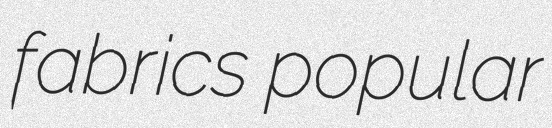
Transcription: fabrics popular